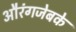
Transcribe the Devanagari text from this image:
औरंगजेबके